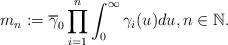
LaTeX: \begin{align*}m_{n}:=\overline{\gamma}_{0}\prod_{i=1}^{n}\int_{0}^{\infty}\gamma_{i}(u)du,n\in\mathbb{N}.\end{align*}